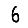
Digit: 6